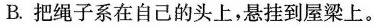
B.把绳子系在自己的头上，悬挂到屋梁上。